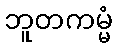
ဘူတကမ္မံ